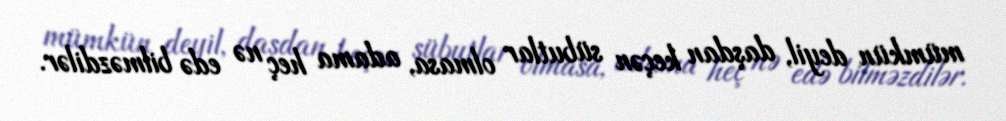
mümkün deyil, daşdan keçən sübutlar olmasa, adama heç nə edə bilməzdilər.